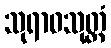
သုရာဓသုတ္တံ